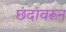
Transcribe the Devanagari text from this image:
छंदांवरून